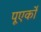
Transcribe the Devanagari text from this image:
पूएर्को